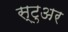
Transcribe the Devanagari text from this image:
स्टुअर